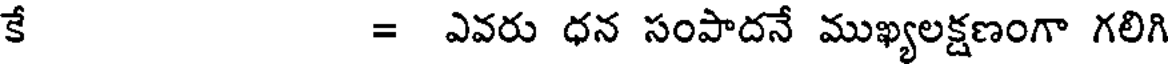
కే = ఎవరు ధన సంపాదనే ముఖ్యలక్షణంగా గలిగి